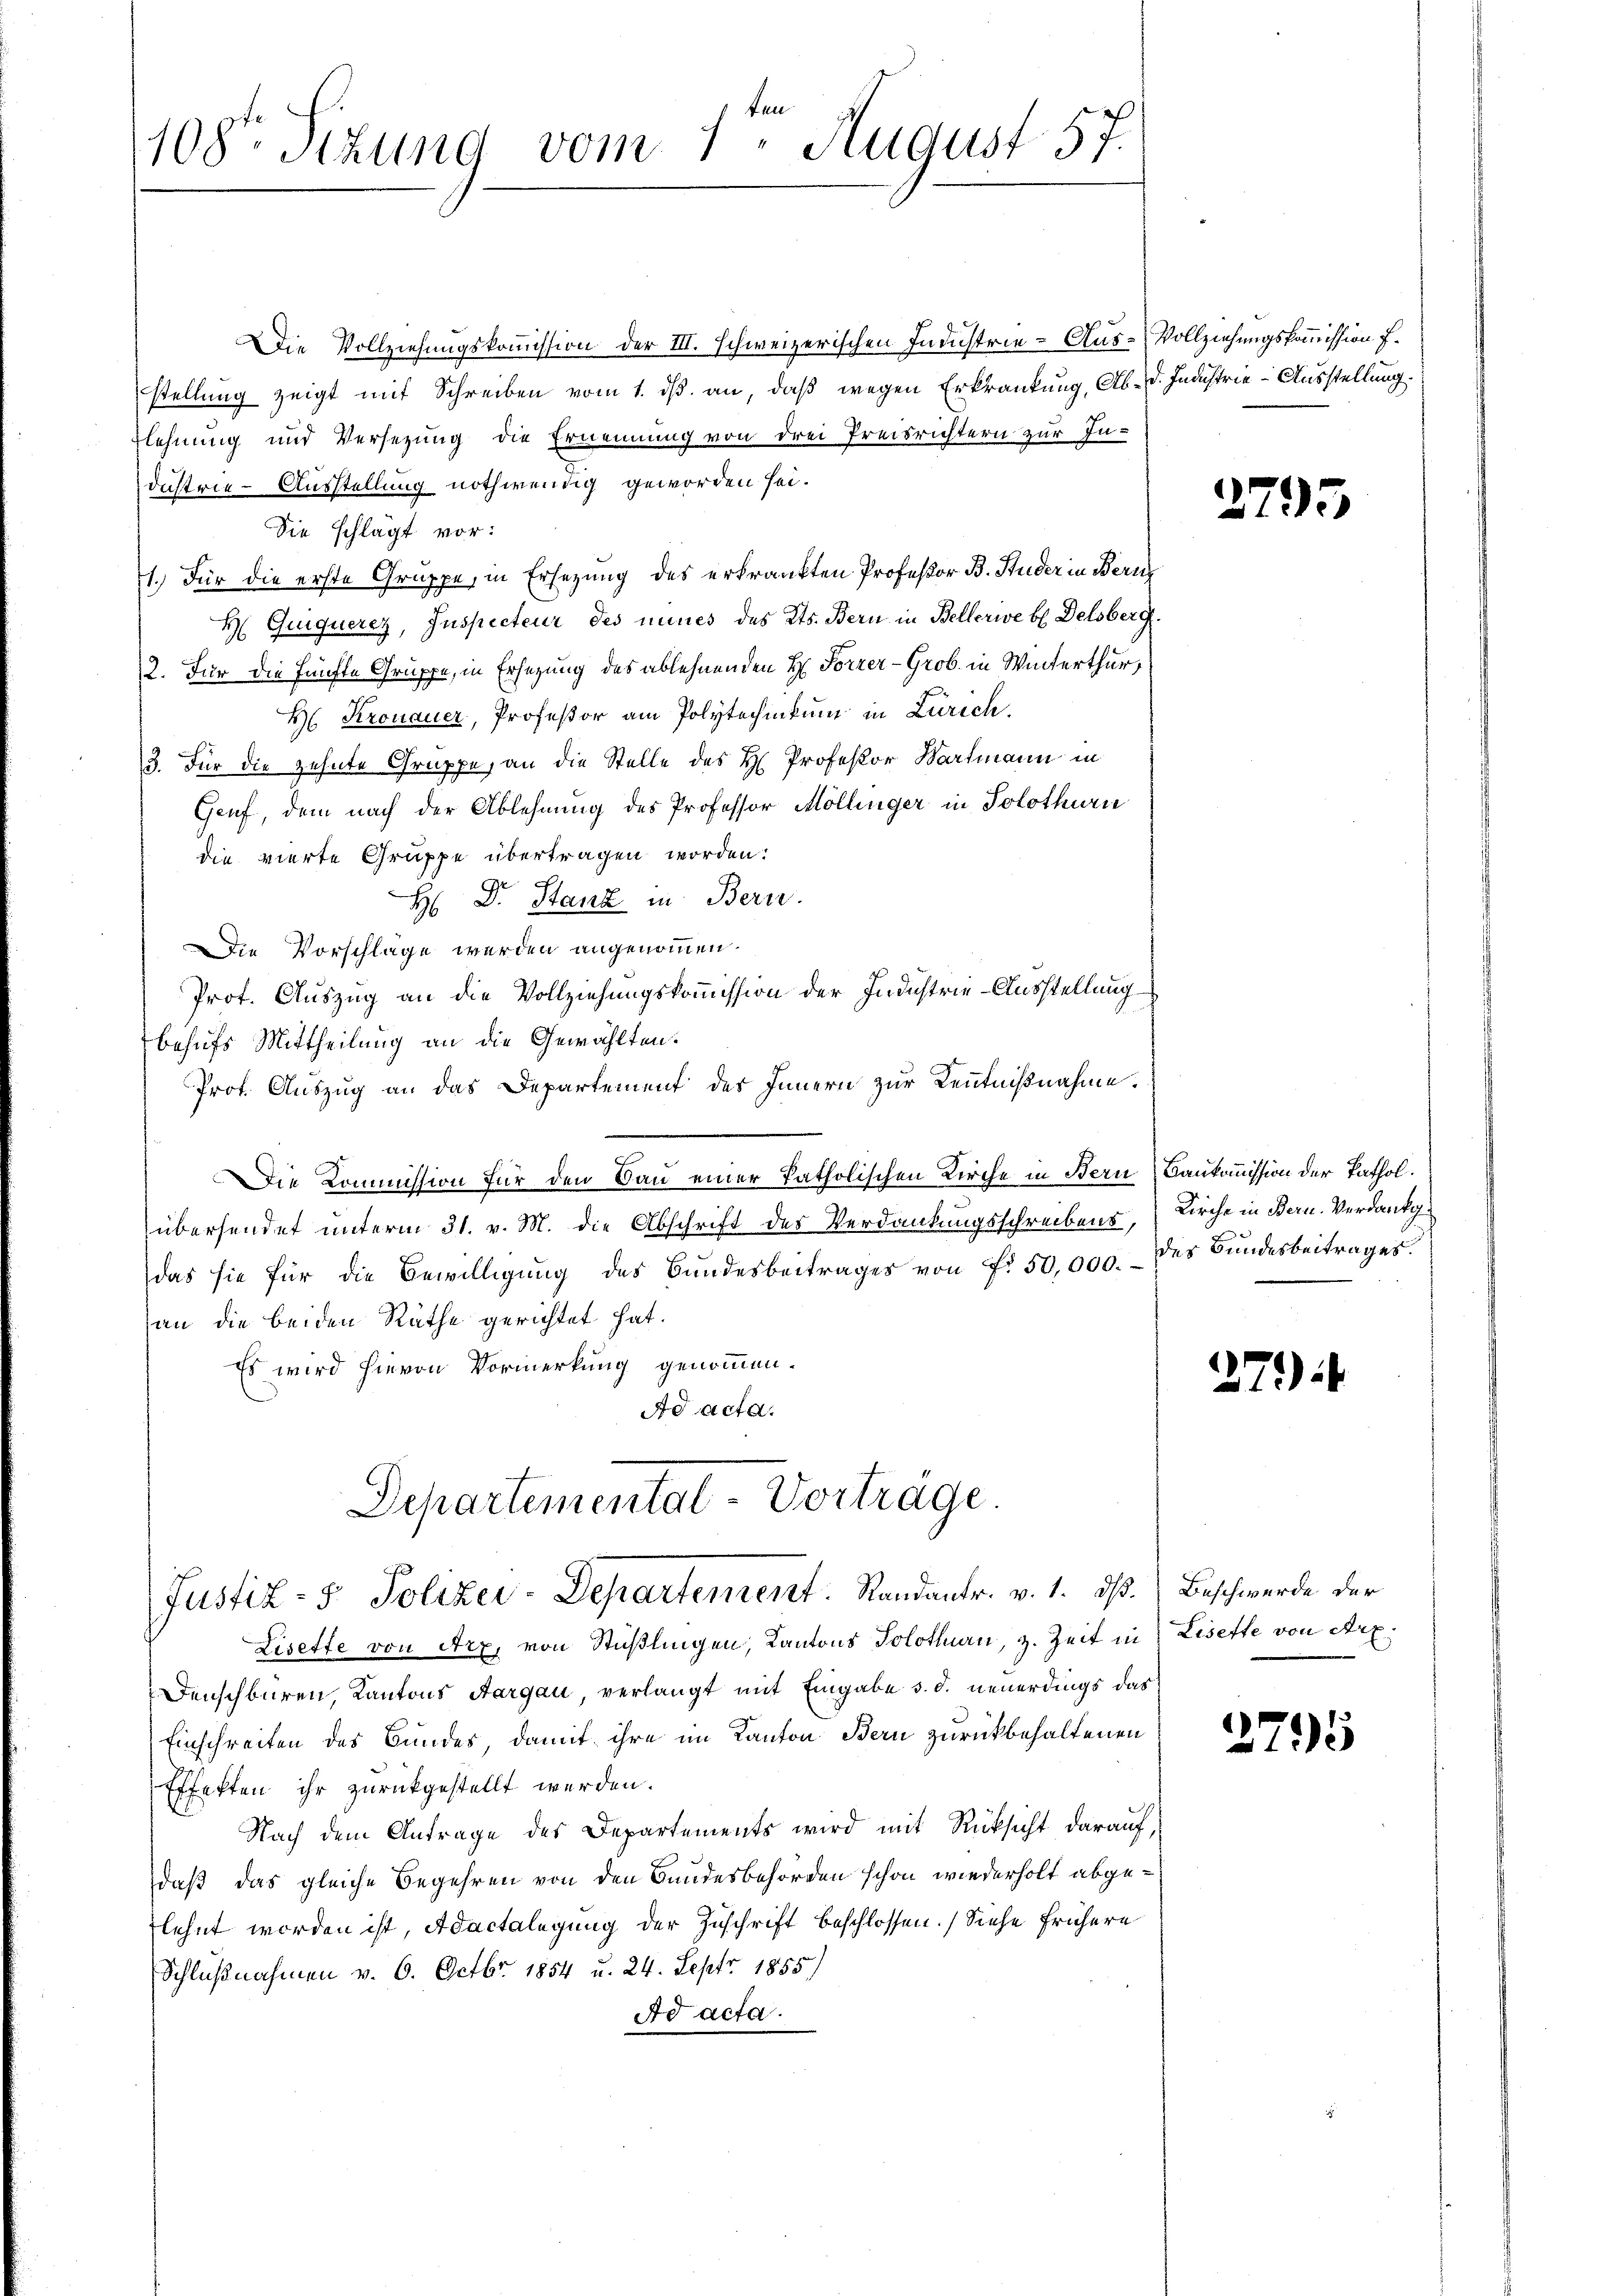
Elt
108te Sitzung vom 1. August 57.

Die Vollziehungskommission der III. Schweizerischen Industrie-Aus-Vollziehungskommission f.
stellung zeigt mit Schreiben vom 1. ds. an, daß wegen Erkrankung, Ab- d. Industrie-Ausstellung.
Elehnung und Versezung die Ernennung von drei Preisrichtern zur Industrie-Ausstellung nothwendig geworden sei.
Sie schlägt vor:
1.) Für die erste Gruppe, in Ersezung des erkränkten Professor B. Studer in Bern
H Guiquerez, Inspecteur des mines des Kts. Bern in Bellerive b. Delsberg.
2. Für die fünfte Gruppe, in Ersezung des ablehnenden H. Forrer-Grob in Winterthur,
H. Kronauer, Professor am Polytechnikum in Zürich.
3. Für die zehnte Gruppe, an die Stelle des H. Professor Wartmann in
Genf, dem nach der Ablehnung des Professor Möllinger in Solothurn
die vierte Gruppe übertragen worden.
H: Dr. Stanz in Bern.
Die Vorschlage werden angenommen.
Prot. Auszug an die Vollziehungskommission der Industrie-Ausstellung
behufs Mittheilung an die Gewählten.
Prof. Auszug an das Departement des Innern zur Kenntnißnahme.
Die Kommission für den Bau einer Patholischen Kirche in Bern Baukommission der Pathol.
übersendet unterm 31. v. M. die Abschrift des Verdankungsschreibens, Kirche in Bern. Verdankgdas sie für die Bewilligung des Bundesbeitrages von fr. 50,000. des Bundesbeitrages
an die beiden Räthe gerichtet hat.
Es wird hievon Vormerkung genommen.
Ad acta.
Departemental-Vorträge

Justiz- & Polizei-Departenrent. Randantr. v. 1. dß. Beschwerde der

Lisette von Arx, von Stüßlingen, Kantons Solothurn, z. Zeit in Lisette von Arx.
Denschbaren, Kantons Aargau, verlangt mit Eingabe d. d. neuerdings das
Einschreiten des Bundes, damit ihre im Kanton Bern zurückbehaltenen
Effekten ihr zurückgestellt werden.
Nach dem Antrage des Departements wird mit Rücksicht darauf,
daß das gleiche Begehren von den Bundesbehörden schon wiederholt abgeflehnt worden ist, Adactelegung der Zuschrift beschlossen. Siehe frühere
Schlußnahmen v. 6. Octbr. 1854 u. 24. Sept. 1855
Ad acta.

2795

279) i

2795